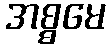
အစ္စမေ